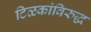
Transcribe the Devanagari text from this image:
टिळकांविरुद्ध